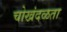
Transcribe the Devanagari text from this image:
चोखंदळता